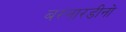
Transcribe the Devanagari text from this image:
बरनारडीनो